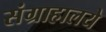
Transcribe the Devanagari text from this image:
संग्राहालये